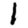
Digit: 1